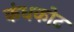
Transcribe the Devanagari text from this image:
कंधकोट